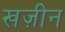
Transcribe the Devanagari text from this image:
खज़ीन